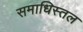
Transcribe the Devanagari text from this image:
समाधिस्तल